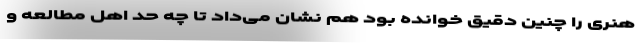
هنری را چنین دقیق خوانده بود هم نشان می‌داد تا چه حد اهل مطالعه و